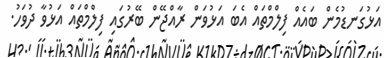
އަޅުގަނޑުމެން ބައެއް ފިލްމްތައް އެބަ އަޅުވަން ރާއްޖޭން ބޭރުގައި ފިލްމްތައް އަޅުވާ ދުވަހު.